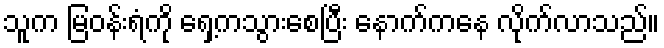
သူက မြဝန်းရံကို ရှေ့ကသွားစေပြီး နောက်ကနေ လိုက်လာသည်။